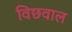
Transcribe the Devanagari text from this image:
विछवाल